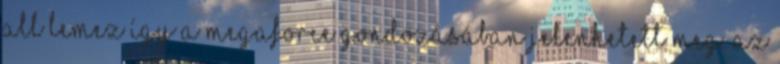
All lemez így a Megaforce gondozásában jelenhetett meg. Az